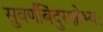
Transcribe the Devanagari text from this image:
सुवर्णबिंदुरक्षोभ्यः